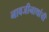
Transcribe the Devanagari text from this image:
नावजीनाथांची